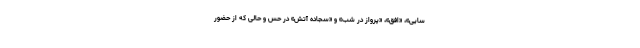
سایی»، «افق»، «پرواز در شب» و «سجاده آتش» در حس و حالی که از حضور